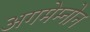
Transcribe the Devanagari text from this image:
अगमेम्नोन